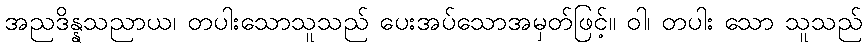
အညဒိန္နသညာယ၊ တပါးသောသူသည် ပေးအပ်သောအမှတ်ဖြင့်။ ဝါ၊ တပါး သော သူသည်